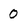
Character: 0